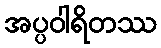
အပ္ပဝါရိတဿ